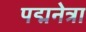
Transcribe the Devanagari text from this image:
पद्मनेत्रा